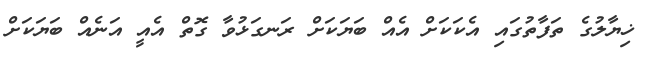
ޚިޔާލުގެ ތަފާތުގައި އެކަކަށް އެއް ބަޔަކަށް ރަނގަޅުވާ ގޮތް އެއީ އަނެއް ބަޔަކަށް